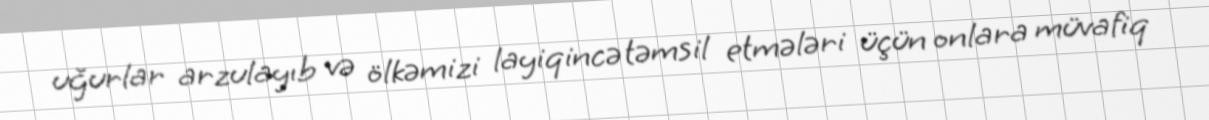
uğurlar arzulayıb və ölkəmizi layiqincə təmsil etmələri üçün onlara müvafiq